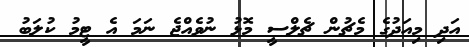
އަދި މިއަދުގެ މެޗުން ޗެލްސީ މޮޅު ނުވެއްޖެ ނަމަ އެ ޓީމު ކުލަބު